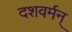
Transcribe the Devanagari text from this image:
दशवर्मन्‌